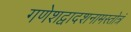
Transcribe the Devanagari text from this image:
गणेशद्वादशनामस्तोत्रं